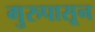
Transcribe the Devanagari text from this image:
गुरुपासून